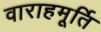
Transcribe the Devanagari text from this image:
वाराहमूर्ति